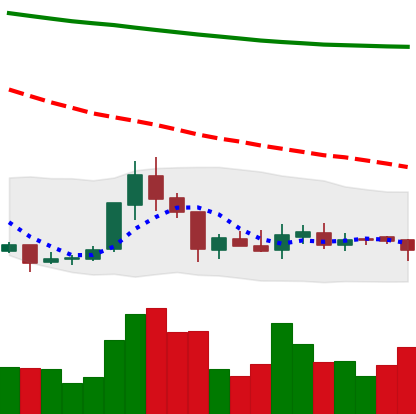
Ticker: XRP-USD
Chart end date: 2018-07-30
Forward return: -3.945%
Label: down_3_5